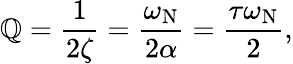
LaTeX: \mathbb{Q}={\frac{{1}}{{2\zeta}}}={\frac{{\omega_{\mathrm{{N}}}}}{{2\alpha}}}={\frac{{\tau\omega_{\mathrm{{N}}}}}{{2}}},